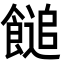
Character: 䭔